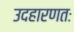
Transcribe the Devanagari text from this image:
उदहारणतः